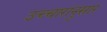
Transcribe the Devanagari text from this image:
उच्चारांनुसार